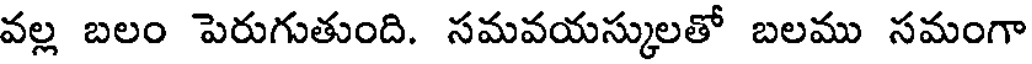
వల్ల బలం పెరుగుతుంది. సమవయస్కులతో బలము సమంగా